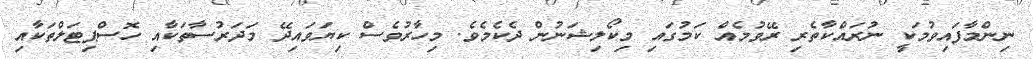
ނިންމާފައިވުމަކީ ނުރައްކާތެރި ރޭވުމެއް ކަމުގައި މިކޯލިޝަނުން ދެކެމެވެ. މިހާރުވެސް ކިޔަވައިދޭ މަދަރުސާތަކާއި ހޮސްޕިޓަލްތަކާއި